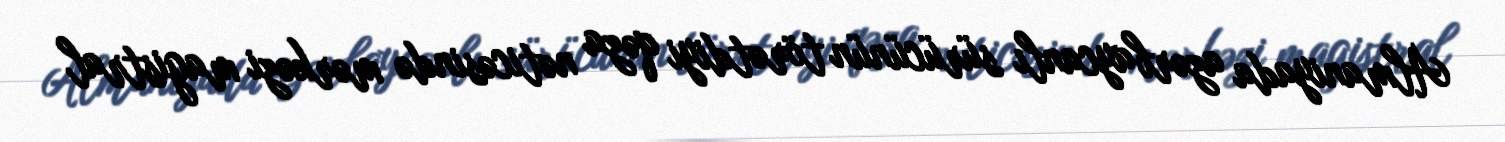
Almaniyada azərbaycanlı sürücünün törətdiyi qəza nəticəsində mərkəzi magistral